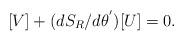
LaTeX: \begin{align*} [V]+(d{S_{R}}/{d\theta^{'}})[U]=0.\end{align*}